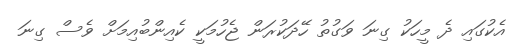
އެކުގައި ދެ މީހަކު ގިނަ ވަގުތު ހޭދަކުރަން ޖެހުމަކީ ކެއިންބުއިމަށް ވެސް ގިނަ